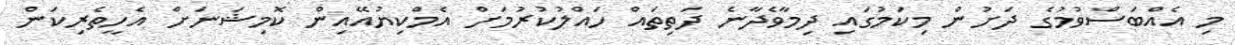
މި އެއްބަސްވުމުގެ ދަށުން މިކަމުގައި ދިމާވެދާނެ ދަތިތައް ހައްލުކުރުމަށް އެމްކިޔުއޭއިން ކޮމިޝަނަށް އެހީތެރިކަން